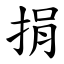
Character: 捐